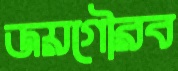
জয়গৌরব